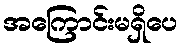
အကြောင်းမရှိပေ